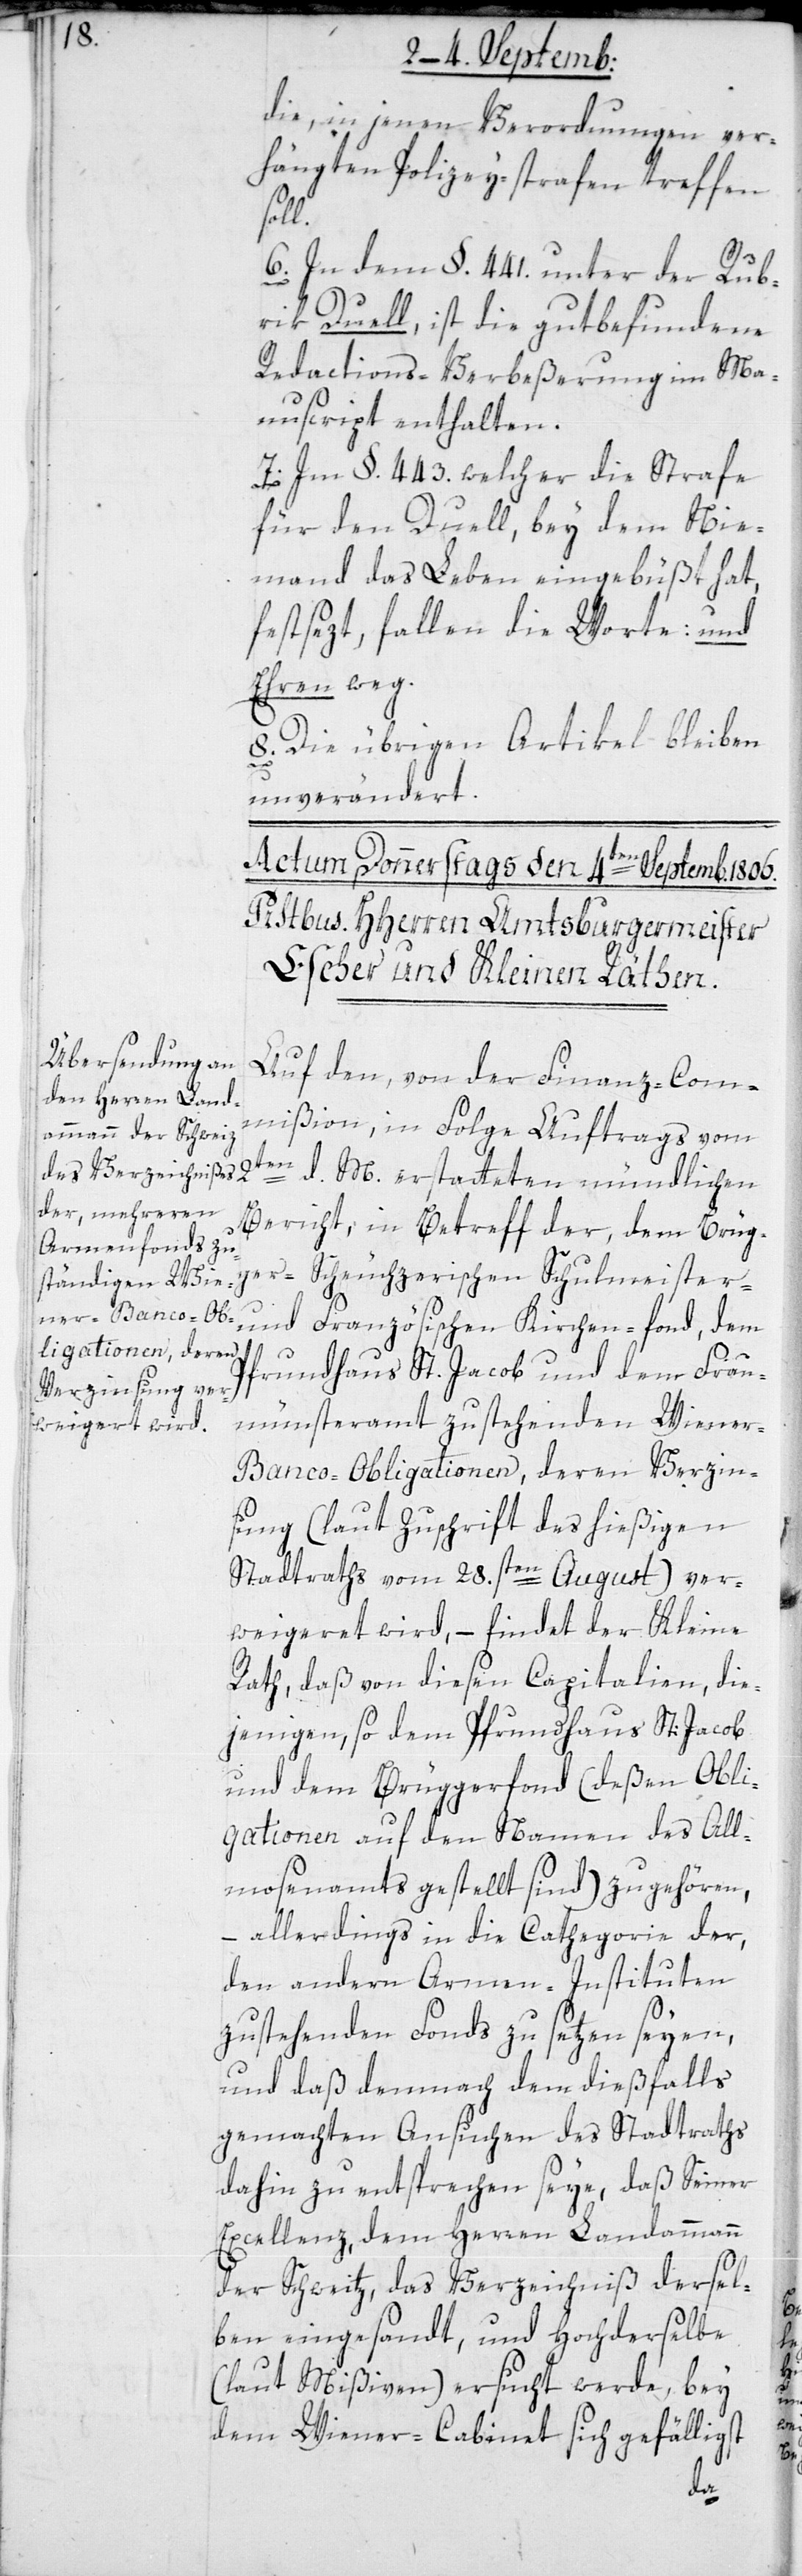
die in jenen Verordnungen ver¬
hängten Polizey-strafen treffen
ins¬
6. In dem §. 441. unter der Rub¬
rik Duell, ist die gut befundene
Redactions-Verbeßerung im Ma¬
nuscript enthalten.
7. Im §. 443, welcher die Strafe
für den Duell, bey dem nie¬
mand das Leben eingebüßt hat,
festsezt, fallen die Worte und
Ehren weg.
8. Die übrigen Artikel bleiben
unverändert.
Auf den, von der Finanz-Com¬
mißion in Folge Auftrags vom
2ten
d. M. erstatteten mündlichen
Bericht, in Betreff der dem Brüg¬
ger-[,] Scheuchzerischen Schulmeister-
ner-Banco-Ob¬
und Französischen Kirchenfonds, dem
ligationen, deren
Pfrundhaus St. Jacob und dem Frau¬
münsteramt zustehenden Wie¬
ung (laut Zuschrift des hießigen
Stadtraths vom 28sten August) ver¬
weigeret wird, – findet der Kleine
Rat, daß von diesen Capitalien, die¬
jenigen, so dem Pfrundhaus St. Jacob
und dem Brüggerfonds (deßen Obli¬
gationen auf den Namen des All¬
mosenamts gestellt sind) zu gehören,
allerdings in die Cathegorie der,
den andern Armen-Instituten
zustehenden Fonds zu setzen seyen,
und daß demnach dem dießfalls
gemachten Ansuchen des Stadtraths
dahin zu entsprechen seye, daß Seiner
Excellenz, dem Herren Landammann
der Schweitz, das Verzeichniß dersel¬
ben eingesandt, und Hochderselbe
(laut Mißiven) ersucht werde, bey
dem Wiener-Cabinet sich gefälligst